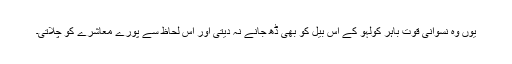
یوں وہ نسوانی قوت باہر کولہو کے اِس بیل کو بھی ڈھ جانے نہ دیتی اور اس لحاظ سے پورے معاشرے کو چلاتی۔